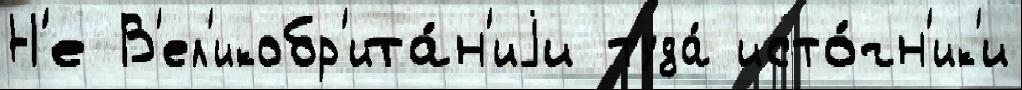
Н'е В'ел'икобр'ита́н'иjи туда́ исто́чн'ик'и